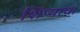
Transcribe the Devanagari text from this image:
शिंप्याचा